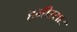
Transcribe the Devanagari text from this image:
हमीरसार